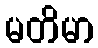
မတိမာ